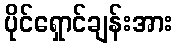
ပိုင်ရှောင်ချန်းအား